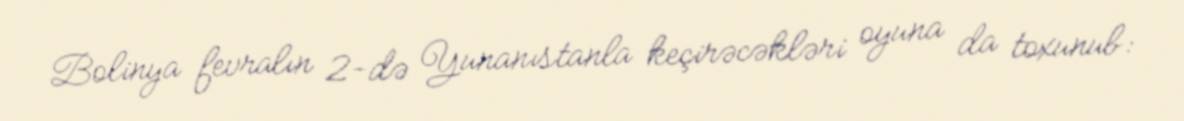
Bolinya fevralın 2-də Yunanıstanla keçirəcəkləri oyuna da toxunub: